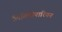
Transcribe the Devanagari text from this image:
लिबितिनारियन